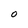
Character: O